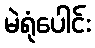
မဲရုံပေါင်း